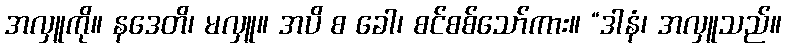
အလှူကို။ နဒေတိ၊ မလှူ။ အပိ စ ခေါ၊ စင်စစ်သော်ကား။ “ဒါနံ၊ အလှူသည်။